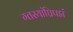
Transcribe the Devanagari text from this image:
ग्तस्यांघ्रिपद्मं